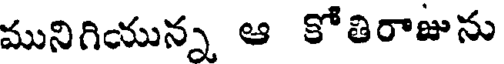
మునిగియున్న ఆ కోతిరాజును